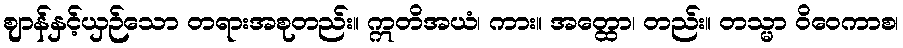
ဈာန်နှင့်ယှဉ်သော တရားအစုတည်း။ ဣတိအယံ၊ ကား။ အတ္ထော၊ တည်း။ တသ္မာ ဝိဝေကာစ၊